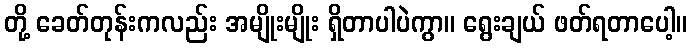
တို့ ခေတ်တုန်းကလည်း အမျိုးမျိုး ရှိတာပါပဲကွာ။ ရွေးချယ် ဖတ်ရတာပေါ့။